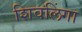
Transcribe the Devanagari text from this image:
शिवलिंगा